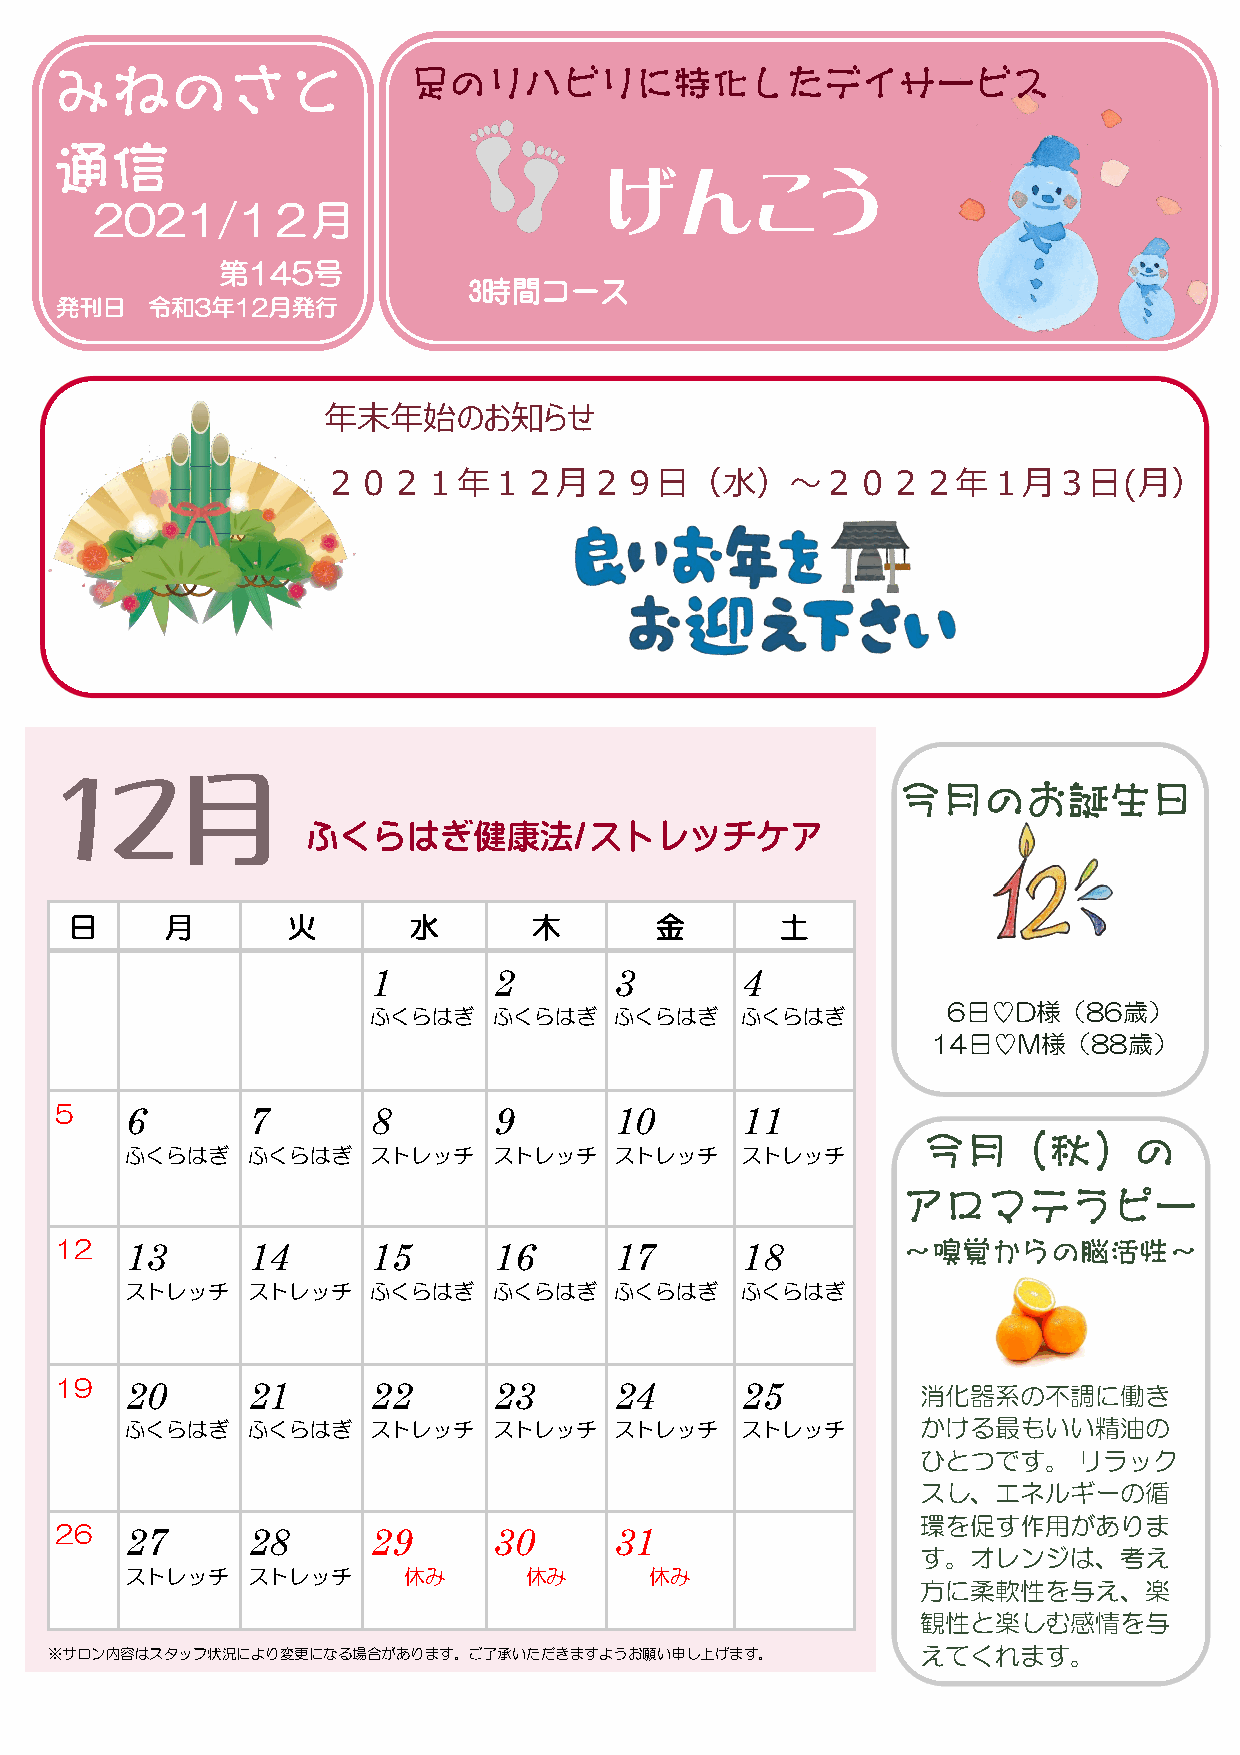
みねのさと                  足のリハビリに特化したデイサービス
 通信
 げんこう
 2021/1２月
 第145号
 3時間コース
 発刊日   令和3年12月発行
 年末年始のお知らせ
 ２０２１年１２月２９日（水）～２０２２年１月３日(月）
 今月のお誕生日
 12月
 今月のお誕生日
 ふくらはぎ健康法/ストレッチケア
 日     月       火       水       木       金        土
 1        2       3       4
 6日♡D様（86歳）
 ふくらはぎ    ふくらはぎ   ふくらはぎ   ふくらはぎ
 14日♡M様（88歳）
 5   6       7       8        9       10      11
 今月（秋）の
 ふくらはぎ   ふくらはぎ   ストレッチ    ストレッチ   ストレッチ   ストレッチ
 アロマテラピー
 12  13      14      15       16      17      18         ～嗅覚からの脳活性～
 ストレッチ   ストレッチ   ふくらはぎ    ふくらはぎ   ふくらはぎ   ふくらはぎ
 19  20      21      22       23      24      25          消化器系の不調に働き
 ふくらはぎ   ふくらはぎ   ストレッチ    ストレッチ   ストレッチ   ストレッチ       かける最もいい精油の
 ひとつです。    リラック
 スし、エネルギーの循
 環を促す作用がありま
 26  27      28      29       30      31
 す。オレンジは、考え
 ストレッチ   ストレッチ      休み      休み      休み
 方に柔軟性を与え、楽
 観性と楽しむ感情を与
 ※サロン内容はスタッフ状況により変更になる場合があります。ご了承いただきますよう お願い申し上げます。       えてくれます。